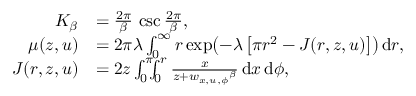
\begin{array} { r l } { K _ { \beta } } & { = \frac { 2 \pi } { \beta } \, \csc \frac { 2 \pi } { \beta } , } \\ { \mu ( z , u ) } & { = 2 \pi \lambda \int _ { 0 } ^ { \infty } r \exp \bigl ( - \lambda \, \bigl [ \pi r ^ { 2 } - J ( r , z , u ) \bigr ] \bigr ) \, \mathrm { d } r , } \\ { J ( r , z , u ) } & { = 2 z \int _ { 0 } ^ { \pi } \! \! \! \int _ { 0 } ^ { r } \frac { x } { z + { w _ { x , u , \phi } } ^ { \beta } } \, \mathrm { d } x \, \mathrm { d } \phi , } \end{array}